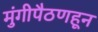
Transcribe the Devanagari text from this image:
मुंगीपैठणहून